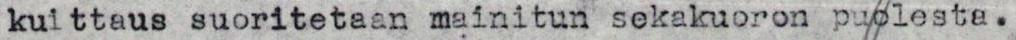
kuittaus suoritetaan mainitun sekakuoron puolesta.